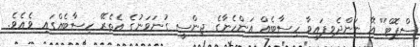
ސްޕޮޓް'' އޭ ނަންދެވިފައިވާ ހިސާބެއް އަންހެނާގެ ޖިންސީ ގުނަވަނުގެ އެތެރޭ ހިސާބެއްގައި ވެއެވެ.